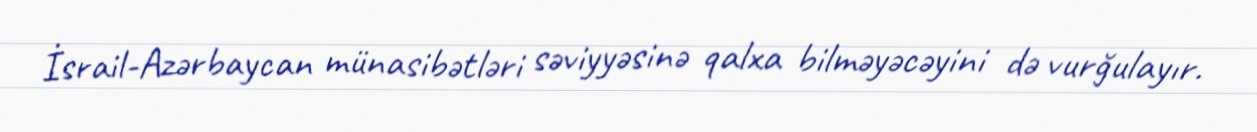
İsrail-Azərbaycan münasibətləri səviyyəsinə qalxa bilməyəcəyini də vurğulayır.